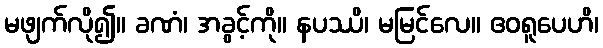
မဖျက်လို၍။ ခဏံ၊ အခွင့်ကို။ နပဿိ၊ မမြင်လေ။ ဧဝရူပေဟိ၊